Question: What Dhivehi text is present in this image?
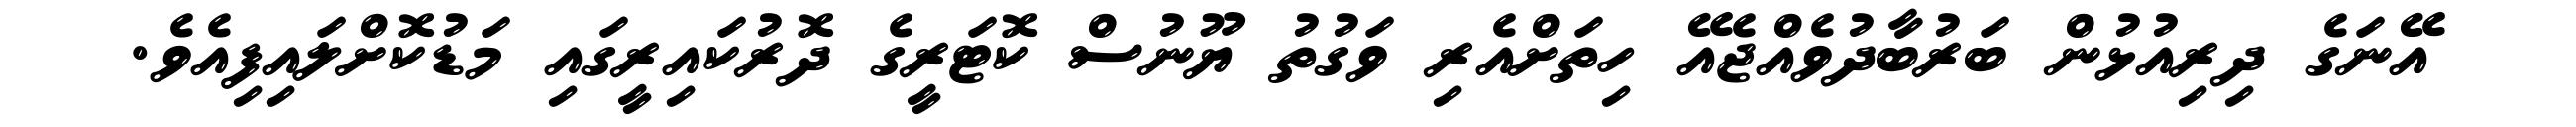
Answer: އޭނަގެ ދިރިއުޅުން ބަރުބާދުވެއްޖެއޭ ހިތަށްއެރި ވަގުތު ޔޫނުސް ކޮޓަރީގެ ދޮރުކައިރީގައި މަޑުކޮށްލައިފިއެވެ.